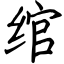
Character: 绾